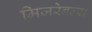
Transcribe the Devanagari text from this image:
मिजरेबल्स